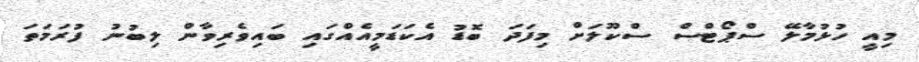
މިއީ ހުޅުމާލޭ ސްޕޯޓްސް ސްކޫލަށް މިފަދަ ބޮޑު އެކަޑަމީއެއްގައި ބައިވެރިވާން ލިބުނު ފުރަމަތަ